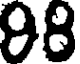
98